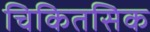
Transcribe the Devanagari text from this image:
चिकितसिक